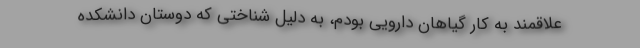
علاقمند به کار گیاهان دارویی بودم، به دلیل شناختی که دوستان دانشکده